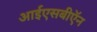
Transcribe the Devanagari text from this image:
आईएसबीऍन